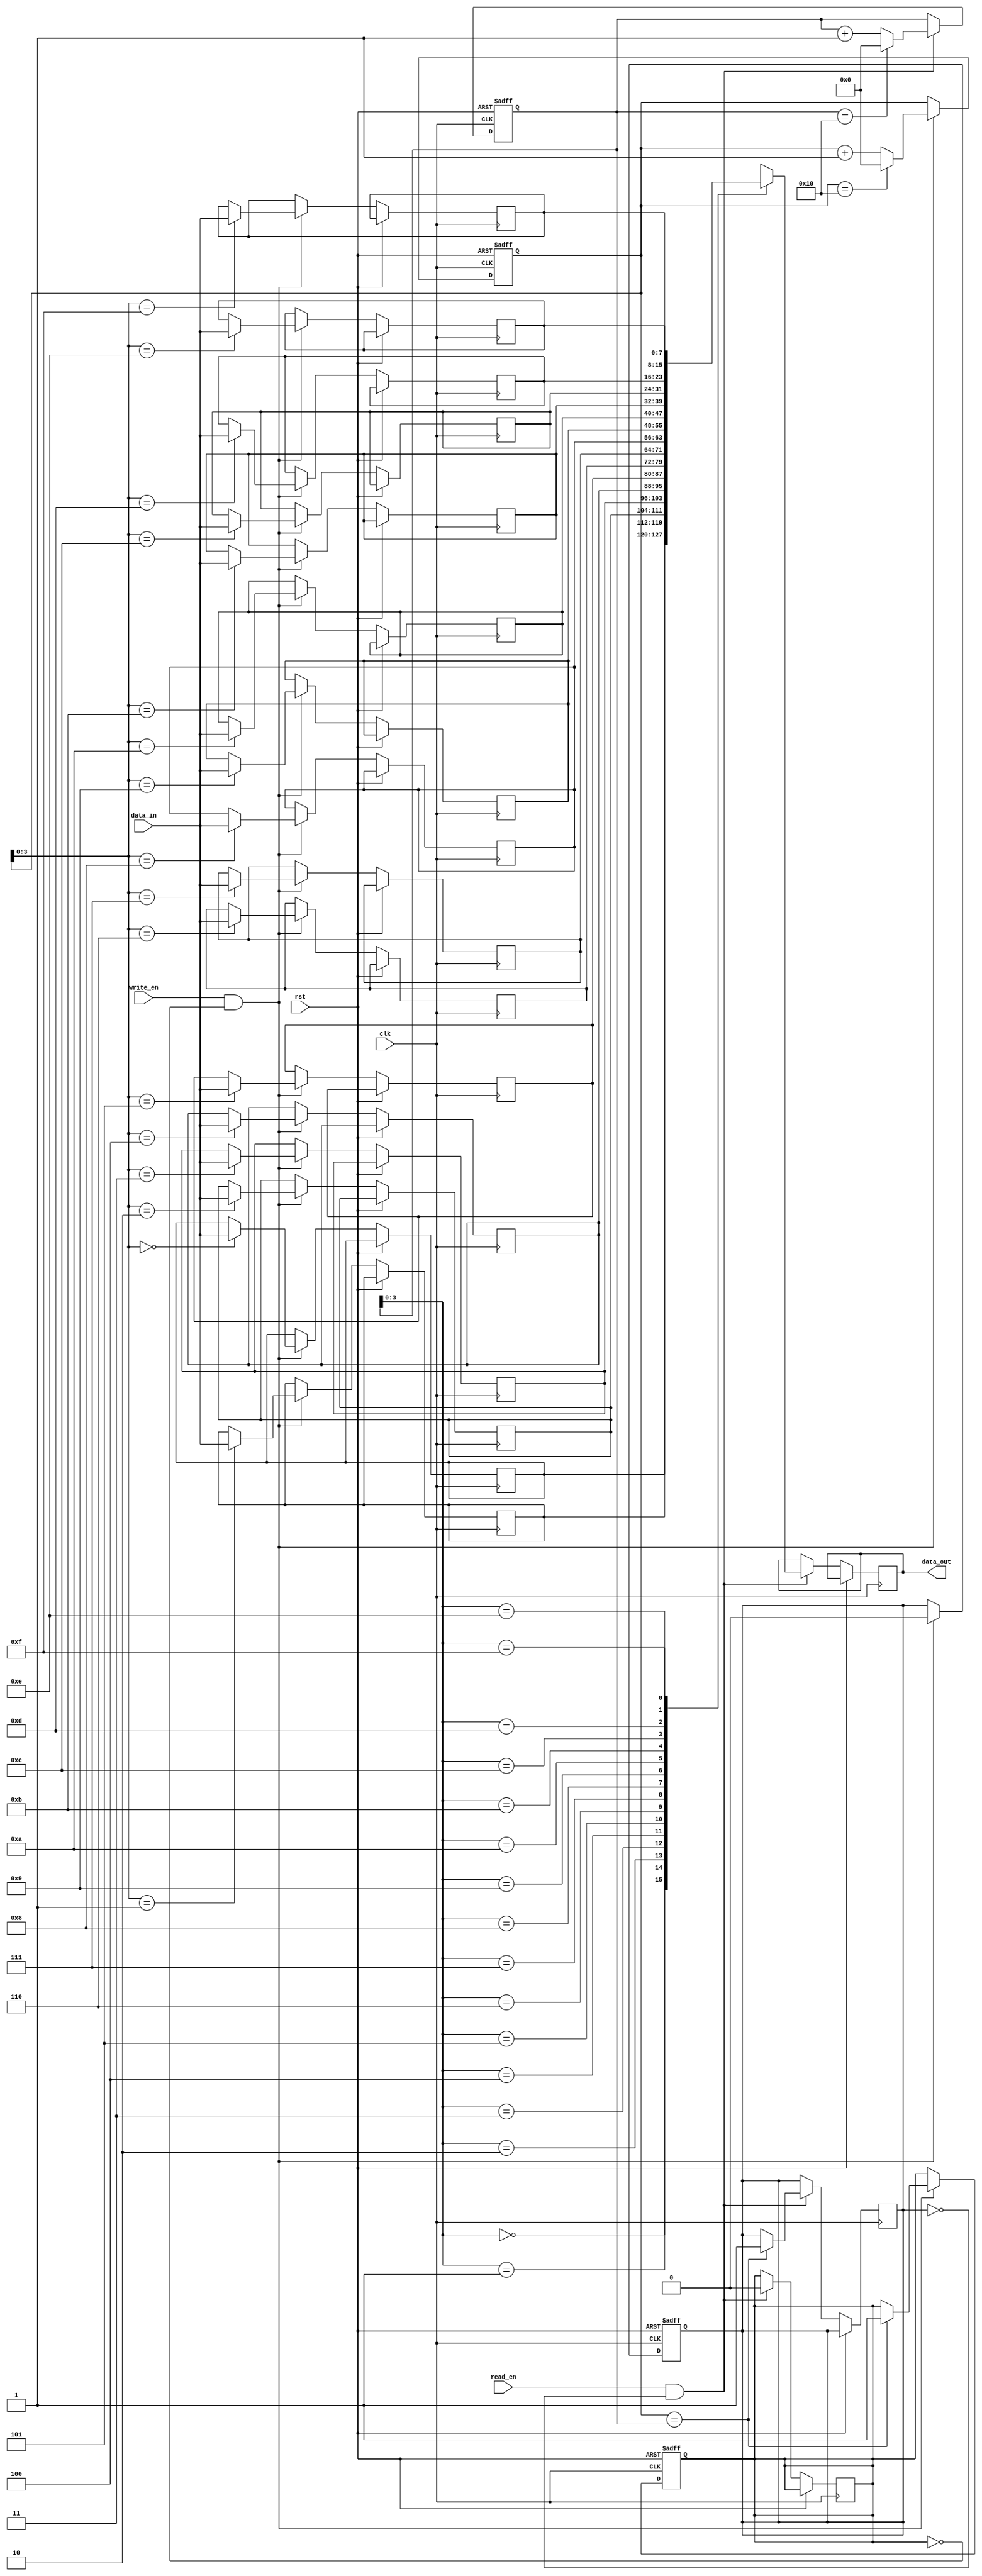
module fifo #(
    parameter WIDTH = 8, // data width
    parameter DEPTH = 16  // depth of the FIFO
)(
    input wire clk,
    input wire rst,
    input wire write_en,
    input wire read_en,
    input wire [WIDTH-1:0] data_in,
    output reg [WIDTH-1:0] data_out
);

reg [WIDTH-1:0] memory [0:DEPTH-1];
reg [DEPTH-1:0] read_ptr, write_ptr;
reg full, empty;

// Write operation
always @(posedge clk or posedge rst) begin
    if (rst) begin
        write_ptr <= 'd0;
        full <= 1'b0;
        empty <= 1'b1;
    end else if (write_en && !full) begin
        memory[write_ptr] <= data_in;
        write_ptr <= write_ptr + 1;
        if (write_ptr == DEPTH)
            write_ptr <= 0;
        if (write_ptr == read_ptr)
            full <= 1'b1;
        empty <= 1'b0;
    end
end

// Read operation
always @(posedge clk or posedge rst) begin
    if (rst) begin
        read_ptr <= 'd0;
    end else if (read_en && !empty) begin
        data_out <= memory[read_ptr];
        read_ptr <= read_ptr + 1;
        if (read_ptr == DEPTH)
            read_ptr <= 0;
        if (write_ptr == read_ptr)
            empty <= 1'b1;
        full <= 1'b0;
    end
end

endmodule